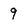
Character: 9